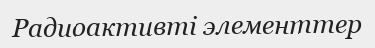
Радиоактивті элементтер